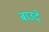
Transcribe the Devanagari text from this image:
बाउदे